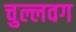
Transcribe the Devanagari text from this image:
चुल्लवग